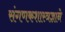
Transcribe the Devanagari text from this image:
संगणकशास्त्रज्ञाने